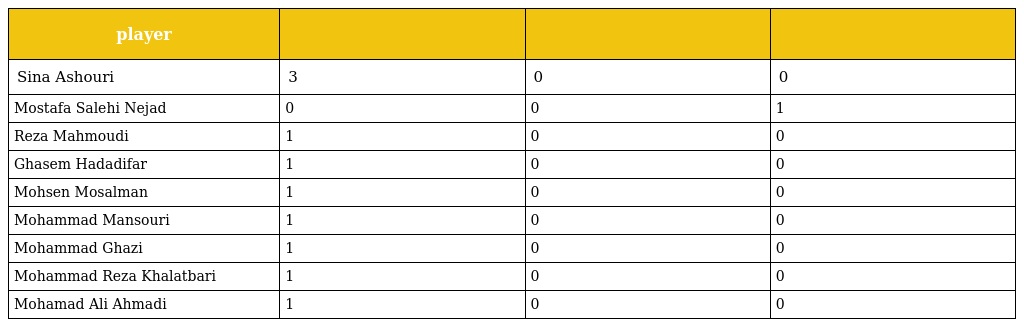
| player |  |  |  |
 | --- | --- | --- | --- |
 | Sina Ashouri | 3 | 0 | 0 |
 | Mostafa Salehi Nejad | 0 | 0 | 1 |
 | Reza Mahmoudi | 1 | 0 | 0 |
 | Ghasem Hadadifar | 1 | 0 | 0 |
 | Mohsen Mosalman | 1 | 0 | 0 |
 | Mohammad Mansouri | 1 | 0 | 0 |
 | Mohammad Ghazi | 1 | 0 | 0 |
 | Mohammad Reza Khalatbari | 1 | 0 | 0 |
 | Mohamad Ali Ahmadi | 1 | 0 | 0 |